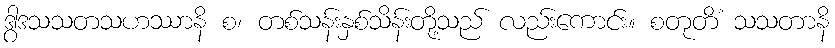
ဒွါဒသသတသဟဿာနိ စ၊ တစ်သန်းနှစ်သိန်းတို့သည် လည်းကောင်း။ စတုတိံ သသတာနိ